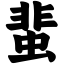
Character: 蜚